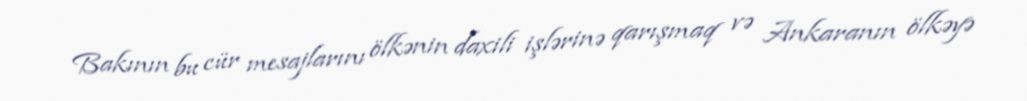
Bakının bu cür mesajlarını ölkənin daxili işlərinə qarışmaq və Ankaranın ölkəyə